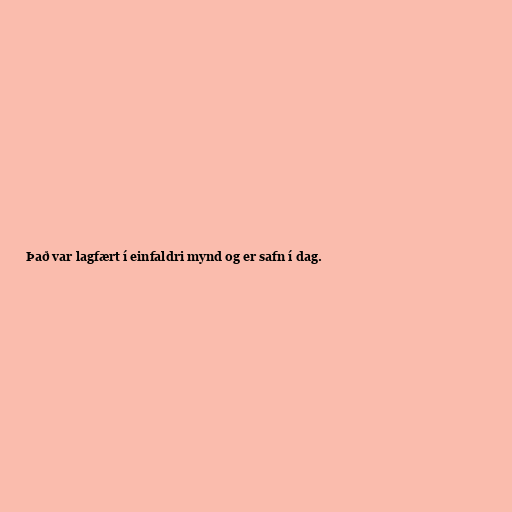
Það var lagfært í einfaldri mynd og er safn í dag.